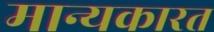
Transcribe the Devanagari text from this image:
मान्यकारत